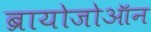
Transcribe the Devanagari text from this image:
ब्रायोजोऑन